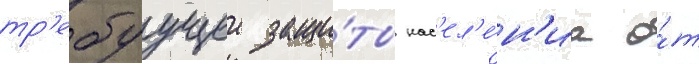
тр'ебуущеи защи́ты нас'ел'е́н'иа о́т